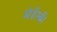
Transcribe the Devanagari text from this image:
ओर्डेस्की